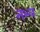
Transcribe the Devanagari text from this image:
नभ्य